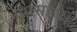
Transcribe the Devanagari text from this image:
पासारो।